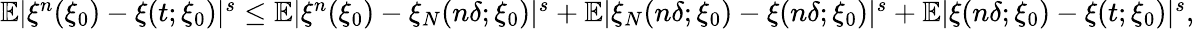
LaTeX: \begin{array}{r}{\mathbb{E}|\xi^{n}(\xi_{0})-\xi(t;\xi_{0})|^{s}\leq\mathbb{E}|\xi^{n}(\xi_{0})-\xi_{N}(n\delta;\xi_{0})|^{s}+\mathbb{E}|\xi_{N}(n\delta;\xi_{0})-\xi(n\delta;\xi_{0})|^{s}+\mathbb{E}|\xi(n\delta;\xi_{0})-\xi(t;\xi_{0})|^{s},}\end{array}